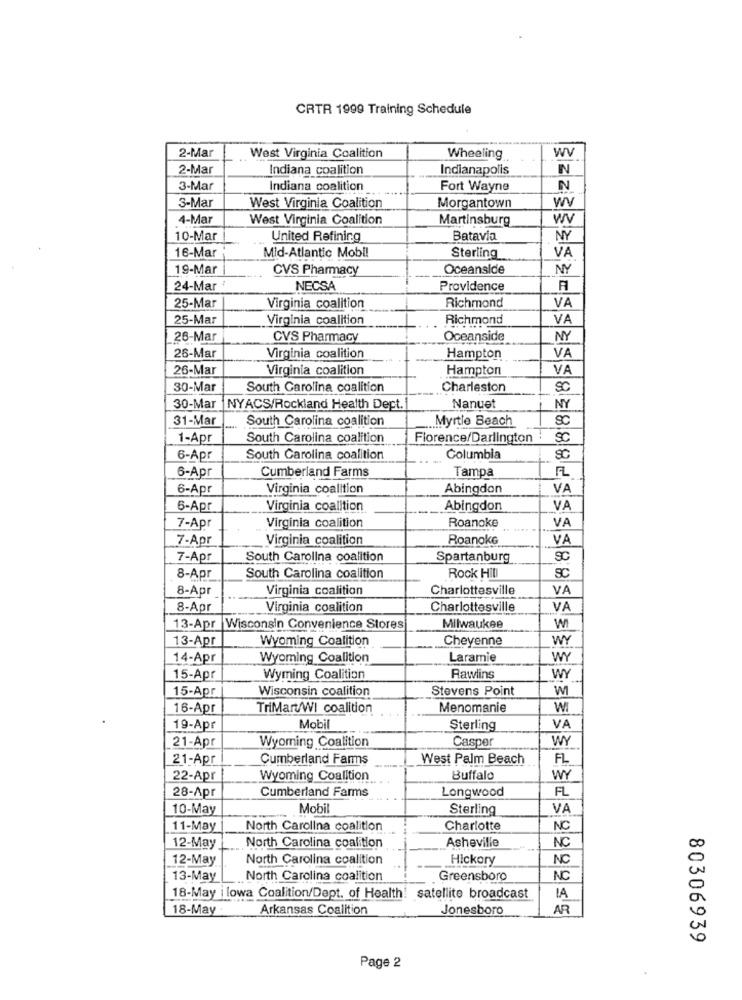
CRTR 1999 Training Schedule
2-Mar
West Virginia Coalition
Wheeling
WV
2-Mar
Indiana coalition
Indianapolis
IN
3-Mar
Indiana coalition
Fort Wayne
N
3-Mar
WV
West Virginia Coalition
Morgantown
4-Mar
West Virginia Coalition
Martinsburg
WV
10-Mar
United Refining
Batavia
NY
16-Mar
VA
Mid-Atlantic Mobi!
Sterling
19-Mar
CVS Pharmacy
Oceanside
NY
24-Mar
NECSA
Providence
A
25-Mar
VA
Virginia coalition
Richmond
25-Mar
Virginia coalition
Richmond
VA
26-Mar
CVS Pharmacy
Oceanside
NY
26-Mar
Virginia coalition
Hampton
VA
26-Mar
Virginia coalition
Hampton
VA
30-Mar
South Carolina coalition
Charleston
SC
30-Mar
NYACS/Rockland Health Dept.
Nanuet
NY
31-Mar
South Carolina coalition
.. Myrtle Beach
SC
1-Apr
South Carolina coalition
Florence/Darlington
SC
6-Apr
South Carolina coalition
Columbia
Cumberland Farms
Tampa
6-Apr
6-Apr
Virginia coalition
Abingdon
VA
6-Apr
Virginia coalition
Abingdon
VA
VA
7-Apr
Virginia coalition
Roanoke
7-Apr
Virginia coalition
Roanoke
VA
7-Apr
South Carolina coalition
Spartanburg
SC
SC
8-Apr
South Carolina coalition
Rock Hill
8-Apr
Virginia coalition
Charlottesville
VA
8-Apr
Virginia coalition
Charlottesville
VA
13-Apr Wisconsin Convenience Stores
Milwaukee
WI
13-Apr
Wyoming Coalition
Cheyenne
WY
14-Apr
Wyoming Coalition
Laramie
WY
15-Apr
Wyming Coalition
Rawlins
WY
15-Apr
Wisconsin coalition
Stevens Point
16-Apr
TriMart/WI coalition
Menomanie
WI
19-Apr
Mobil
Sterling
VA
21-Apr
Casper
WY
Wyoming Coalition
21-Apr
Cumberland Farms
West Palm Beach
FL
22-Apr
Wyoming Coalition
Buffalo
WY
28-Apr
Cumberland Farms
FL
Longwood
10-May
Mobil
Sterling
VA
11-May
North Carolina coalition
Charlotte
NC
North Carolina coalition
Asheville
NC
12-May
12-May
North Carolina coalition
Hickory
NC
13-May
North Carolina coalition
Greensboro
NC
18-May | lowa Coalition/Dept. of Health! satellite broadcast
IA
18-May-
Arkansas Coalition
Jonesboro
AR
80306939
Page 2